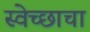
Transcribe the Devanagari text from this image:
स्वेच्छाचा